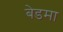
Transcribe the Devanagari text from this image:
बेडमा